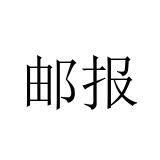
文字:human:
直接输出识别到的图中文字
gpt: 邮报